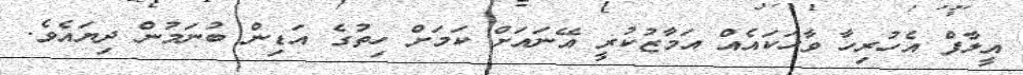
އީލާފް އެހުރިހާ ވާހަކައެއް އަމާޒުކުރީ އޭނައަށް ކަމަށް ހިތުގެ އަޑިން ބުނަމުން ދިޔައެވެ.